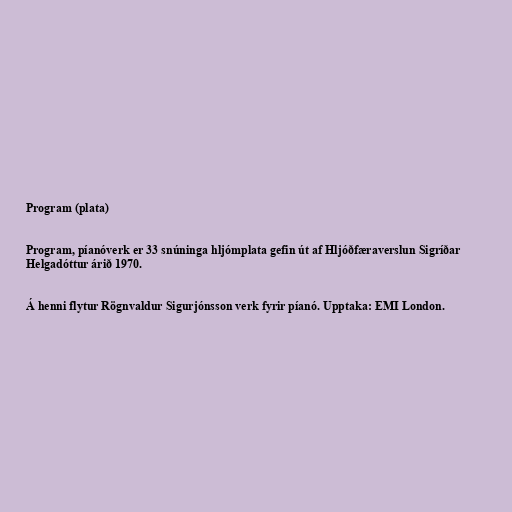
Program (plata)

Program, píanóverk er 33 snúninga hljómplata gefin út af Hljóðfæraverslun Sigríðar
Helgadóttur árið 1970.

Á henni flytur Rögnvaldur Sigurjónsson verk fyrir píanó. Upptaka: EMI London.